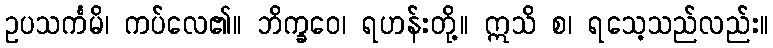
ဥပသင်္ကမိ၊ ကပ်လေ၏။ ဘိက္ခဝေ၊ ရဟန်းတို့။ ဣသိ စ၊ ရသေ့သည်လည်း။